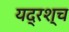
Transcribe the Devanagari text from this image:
यद्रश्च